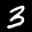
Label: 3